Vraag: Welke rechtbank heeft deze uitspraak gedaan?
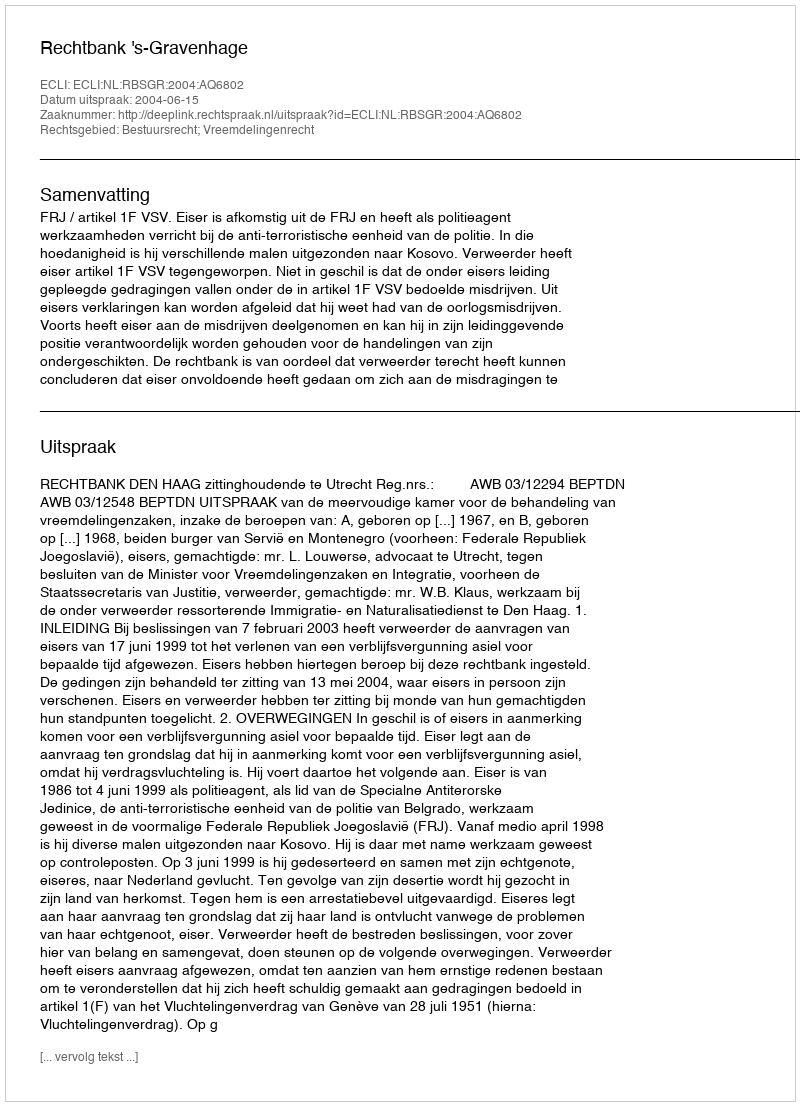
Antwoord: Rechtbank 's-Gravenhage